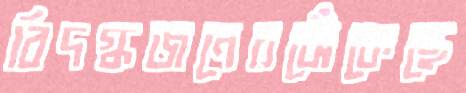
বিদগ্ধজনেরঝেঁকেছে